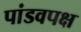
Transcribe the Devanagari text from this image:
पांडवपक्ष